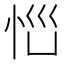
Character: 𱞐